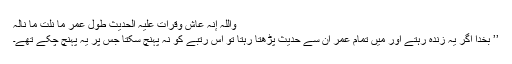
واللہ إنہ عاش وقرأت علیہ الحدیث طول عمر ما نلت ما نالہ
’’ بخدا اگر یہ زندہ رہتے اور میں تمام عمر ان سے حدیث پڑھتا رہتا تو اس رتبے کو نہ پہنچ سکتا جس پر یہ پہنچ چکے تھے۔